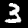
Digit: 3